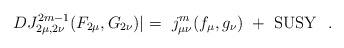
\begin{align*}DJ_{2\mu , 2 \nu}^{2m-1} (F_{2\mu} , G_{2\nu} ) \! \! \mid\ = \ j_{\mu \nu}^m (f_{\mu} , g_{\nu} )\ + \ {\rm SUSY}\ \ .\end{align*}